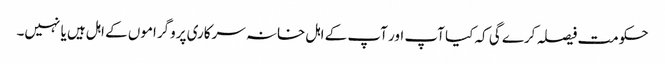
حکومت فیصلہ کرے گی کہ کیا آپ اور آپ کے اہل خانہ سرکاری پروگراموں کے اہل ہیں یا نہیں۔